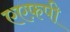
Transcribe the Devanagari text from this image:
एएफ़पी